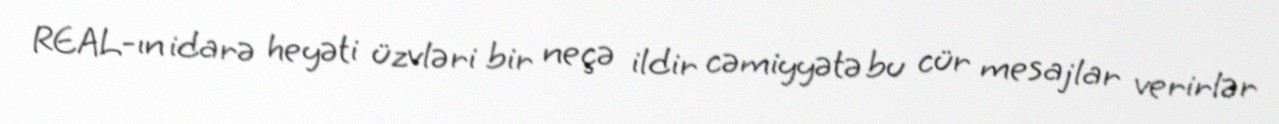
REAL-ın idarə heyəti üzvləri bir neçə ildir cəmiyyətə bu cür mesajlar verirlər